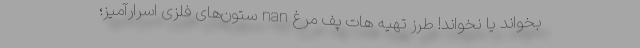
بخواند یا نخواند! طرز تهیه هات پف مرغ nan ستون‌های فلزی اسرارآمیز؛